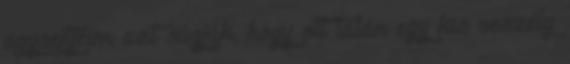
agysejtjeim azt súgják, hogy ott talán egy kis veszély